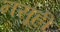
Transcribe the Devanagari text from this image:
नसूही